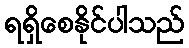
ရရှိစေနိုင်ပါသည်